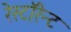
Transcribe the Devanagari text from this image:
रेस्टॉरेन्ट